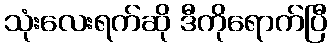
သုံးလေးရက်ဆို ဒီကိုရောက်ပြီ